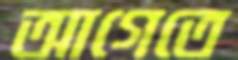
আগেতে